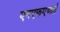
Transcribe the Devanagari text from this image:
एनएफएआई